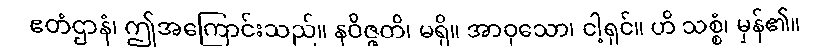
ဧတံဌာနံ၊ ဤအကြောင်းသည်။ နဝိဇ္ဇတိ၊ မရှိ။ အာဝုသော၊ ငါ့ရှင်။ ဟိ သစ္စံ၊ မှန်၏။